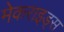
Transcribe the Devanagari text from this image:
मेकराइड्स